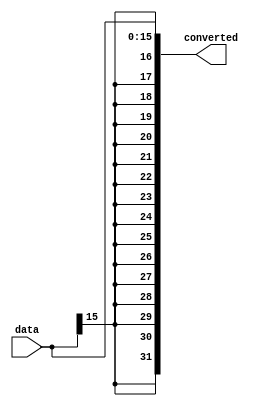
`timescale 1ns/1ps
module signExt(
	input signed [15:0]data,
	output reg signed [31:0] converted
);

always @(*)
begin
	converted = data;
end
endmodule